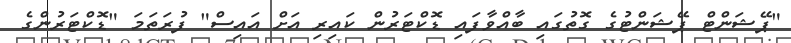
"ޕޭޝަންޓް ޕޭޝަންޓުގެ ގޮތުގައި ބާއްވާފައި ޑޮކްޓަރުން ކައިރި އަށް އައިސް" ފުރަތަމަ "ޑޮކްޓަރުންގެ